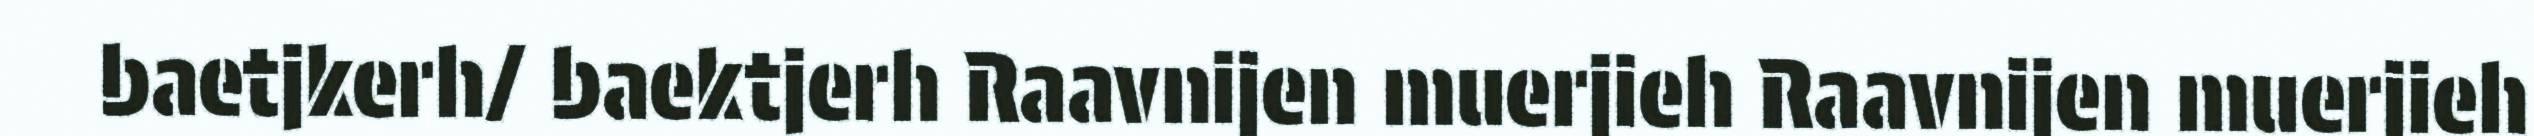
baetjkerh/ baektjerh Raavnijen muerjieh Raavnijen muerjieh